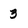
Character: 3